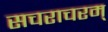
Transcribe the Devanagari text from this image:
सचराचरम्